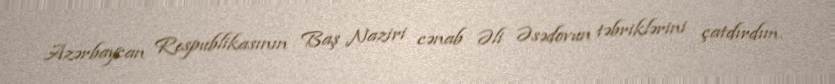
Azərbaycan Respublikasının Baş Naziri cənab Əli Əsədovun təbriklərini çatdırdım.